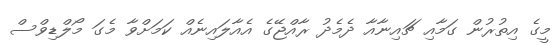
މީގެ އިތުރުން ގަމާއި ޗައިނާއާ ދެމެދު ރާއްޖޭގެ އެއާލައިނެއް ކަމަށްވާ މެގަ މޯލްޑިވްސް